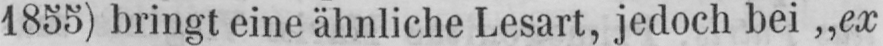
1855) bringt eine ähnliche Lesart, jedoch bei „ex